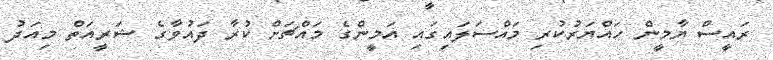
ރައީސް ޔާމީން ހައްޔަރުކުރި މައްސަލައިގައި އަމީންގެ މައްޗަށް ކުރާ ދައުވާގެ ޝަރީއަތް މިއަދު